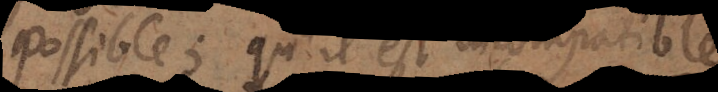
possible; qu’il est incompatible